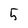
Character: 5